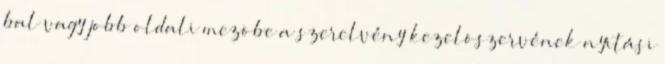
bal vagy jobb oldali mezõbe a szerelvény kezelõszervének nyitási